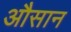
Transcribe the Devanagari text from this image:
औसान